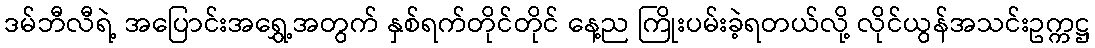
ဒမ်ဘီလီရဲ့ အပြောင်းအရွှေ့အတွက် နှစ်ရက်တိုင်တိုင် နေ့ည ကြိုးပမ်းခဲ့ရတယ်လို့ လိုင်ယွန်အသင်းဥက္ကဋ္ဌ